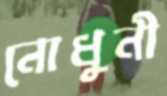
নোধুনী